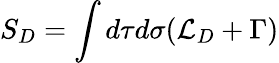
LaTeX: S_{D}=\int d\tau d\sigma({\cal L}_{D}+\Gamma)